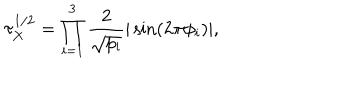
\tau _ { X } ^ { 1 / 2 } = \prod _ { i = 1 } ^ { 3 } \frac { 2 } { \sqrt { p _ { i } } } | \sin ( 2 \pi \phi _ { i } ) | ,